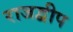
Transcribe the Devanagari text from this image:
राजद्वीप